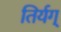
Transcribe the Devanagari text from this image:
तिर्यग्